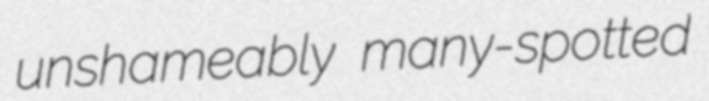
unshameably many-spotted